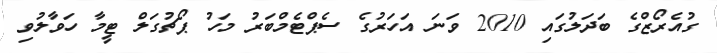
ގުއެރޯޒްގެ ބަދަލުގައި 2010 ވަނަ އަހަރުގެ ސެޕްޓެމްބަރު މަހު ޕޯޗުގަލް ޓީމާ ހަވާލުވި